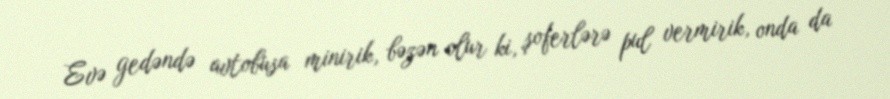
Evə gedəndə avtobusa minirik, bəzən olur ki, şoferlərə pul vermirik, onda da